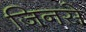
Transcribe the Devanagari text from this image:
जिनसे